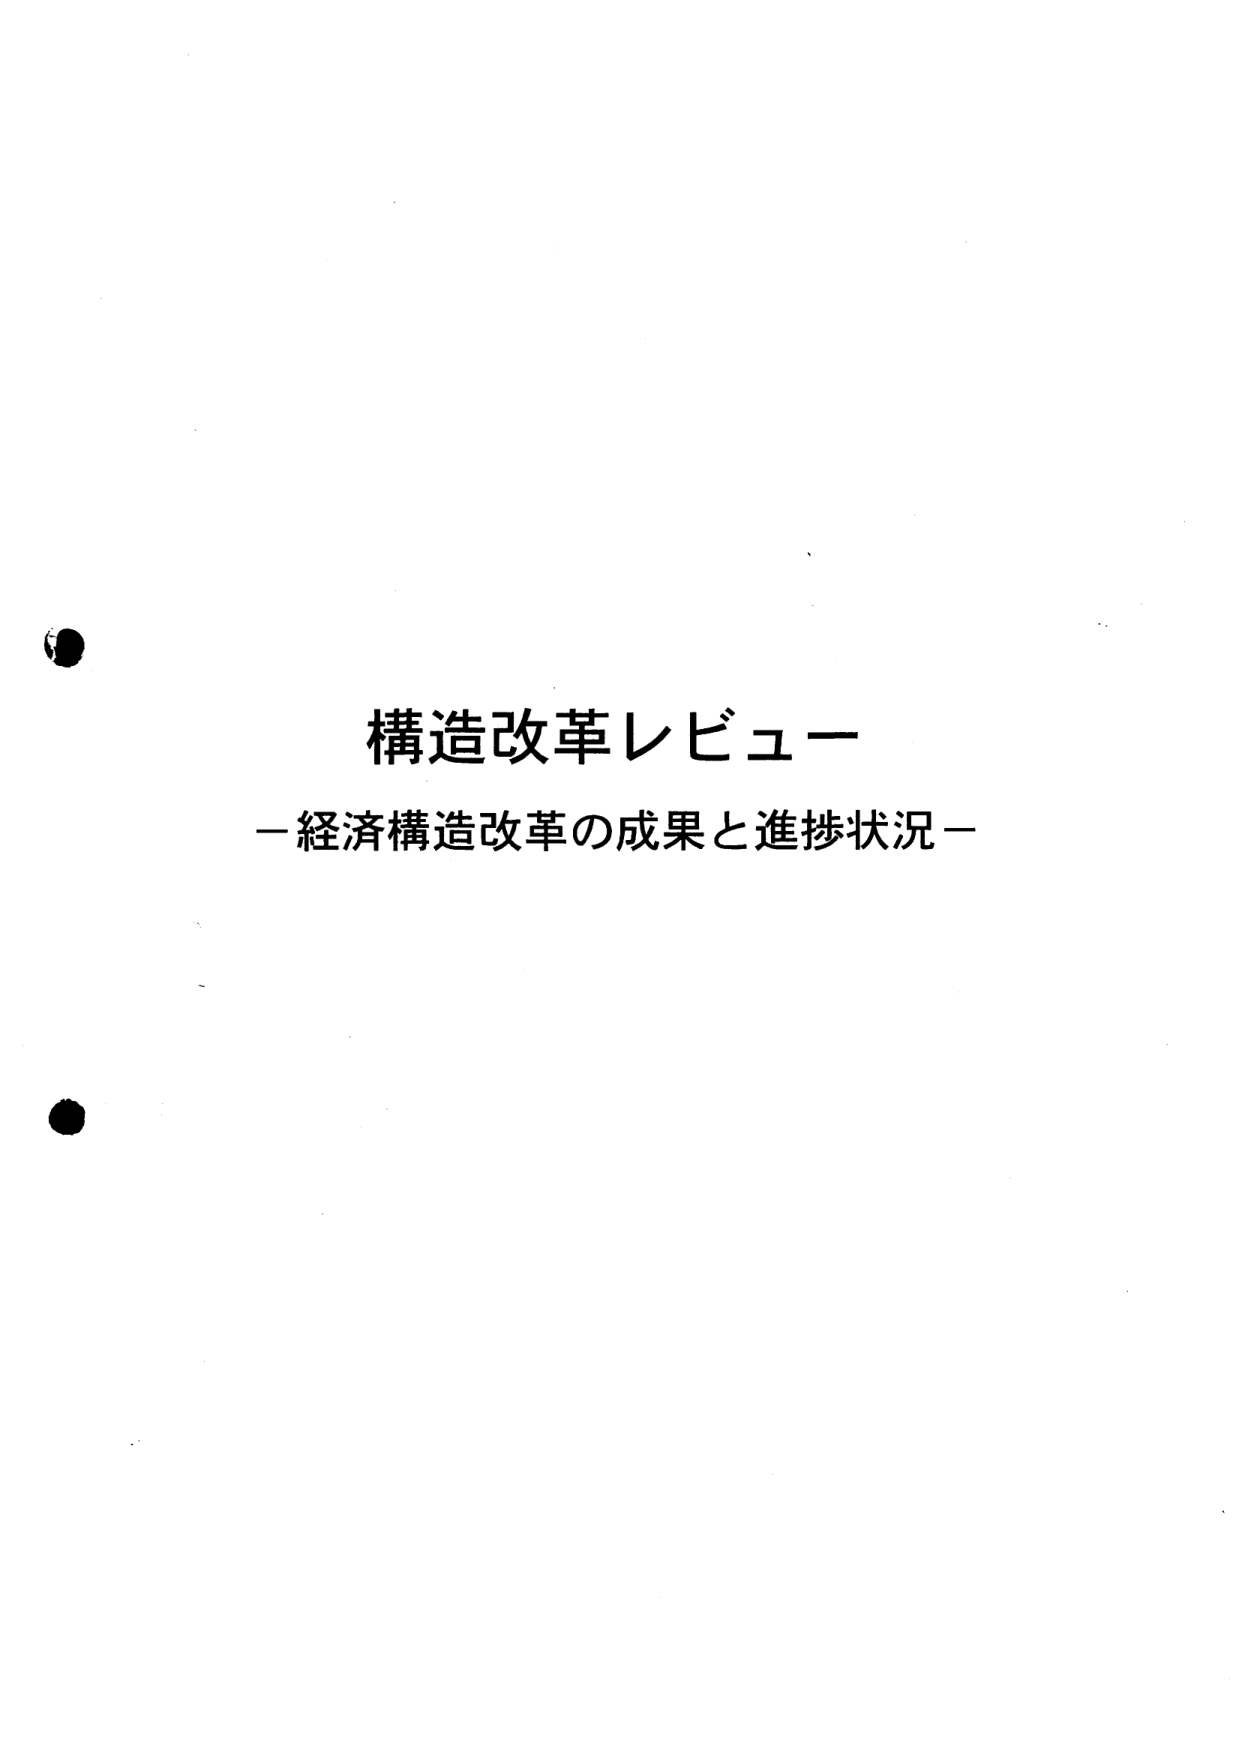
構造改革レビュー
－経済構造改革の成果と進捗状況－